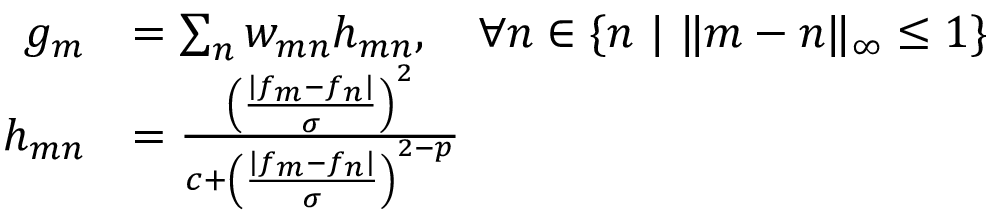
\begin{array} { r l } { g _ { m } } & { = \sum _ { n } w _ { m n } h _ { m n } , ~ ~ ~ \forall n \in \{ n ~ | ~ \| m - n \| _ { \infty } \le 1 \} } \\ { h _ { m n } } & { = \frac { \left( \frac { \left| f _ { m } - f _ { n } \right| } { \sigma } \right) ^ { 2 } } { c + \left( \frac { \left| f _ { m } - f _ { n } \right| } { \sigma } \right) ^ { 2 - p } } } \end{array}